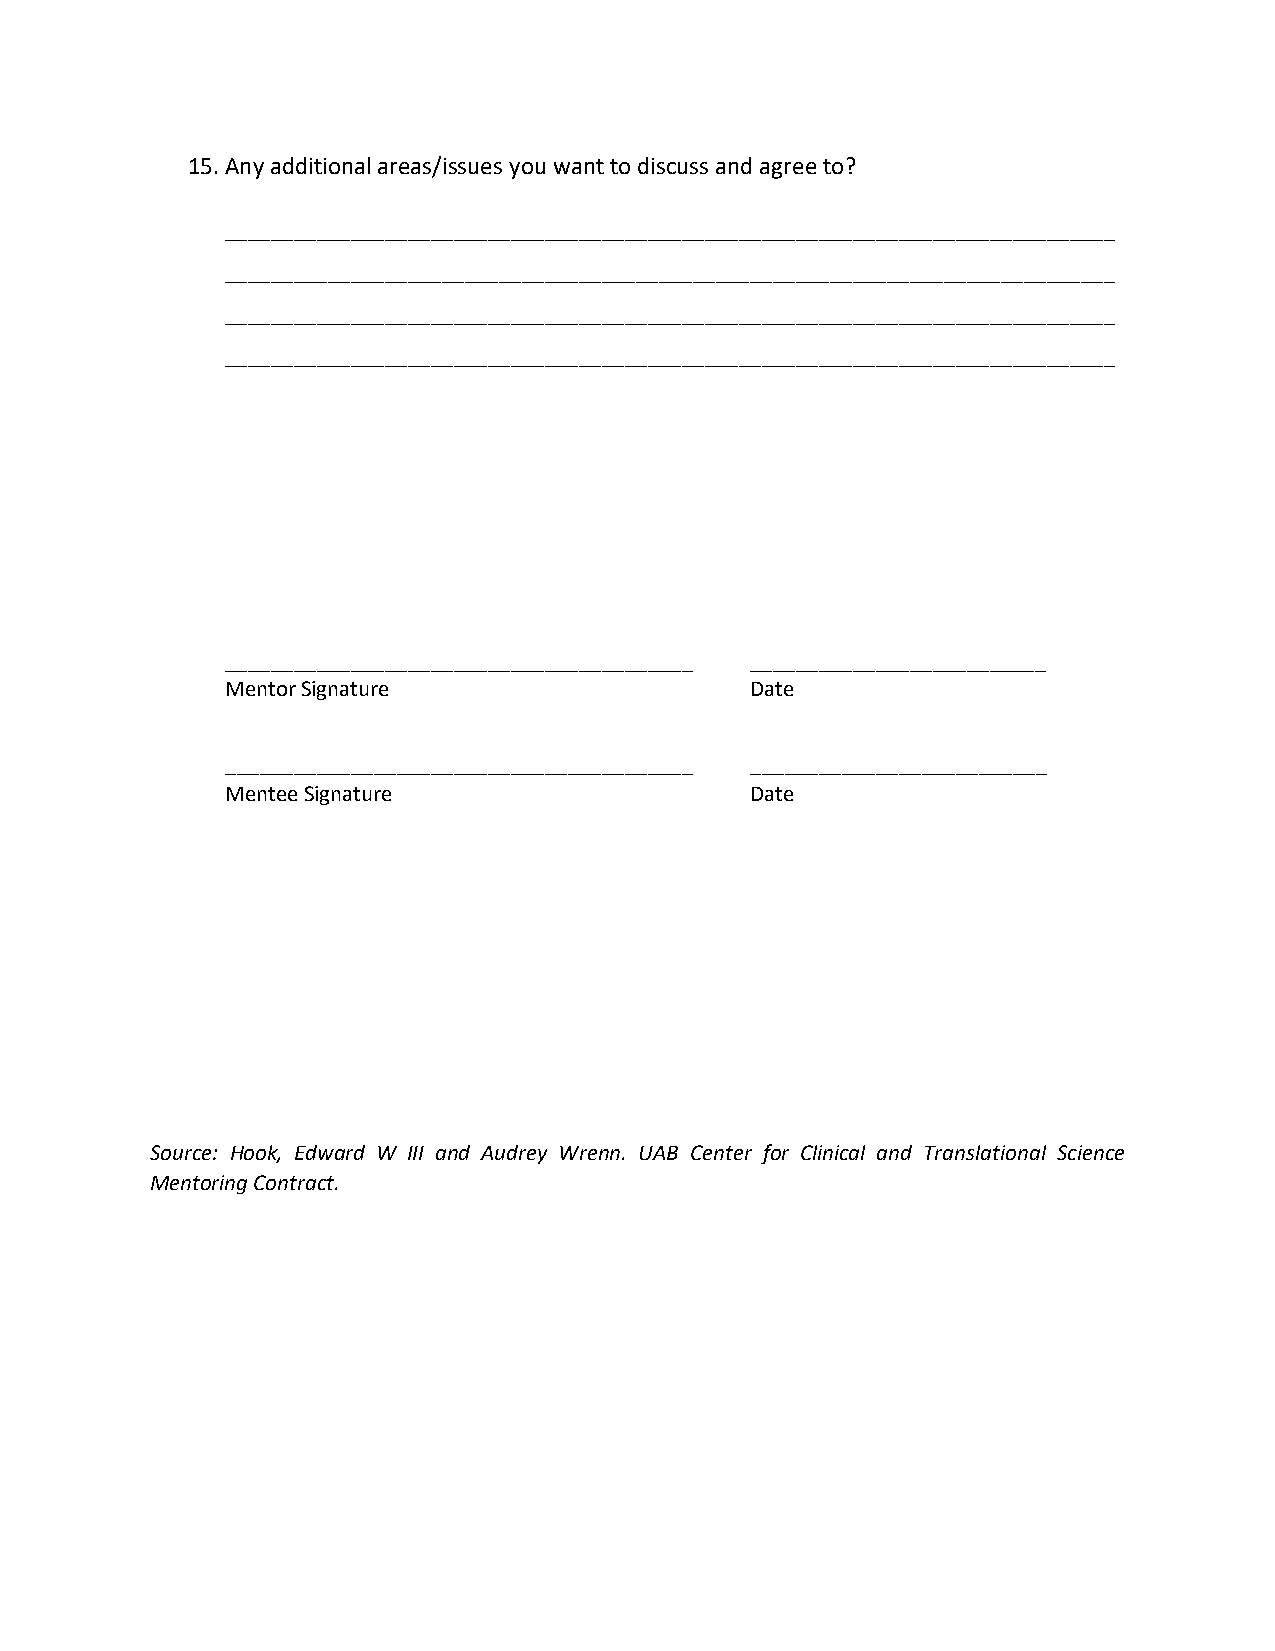
15. Any additional areas/issues you want to discuss and agree to?
 ______________________________________________________________________________
 ______________________________________________________________________________
 ______________________________________________________________________________
 ______________________________________________________________________________
 _________________________________________ __________________________
 Mentor Signature                   Date
 _________________________________________ __________________________
 Mentee Signature                   Date
 Source: Hook, Edward W III and Audrey Wrenn. UAB Center for Clinical and Translational Science
 Mentoring Contract.